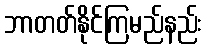
ဘာတတ်နိုင်ကြမည်နည်း